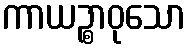
ကာယဉ္စာဝုသော